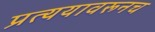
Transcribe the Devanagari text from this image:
प्रत्ययावरूनच